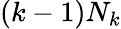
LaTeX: (k-1)N_{k}